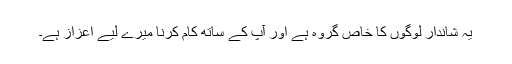
یہ شاندار لوگوں کا خاص گروہ ہے اور آپ کے ساتھ کام کرنا میرے لیے اعزاز ہے۔